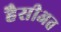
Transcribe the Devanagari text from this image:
हैसीअत